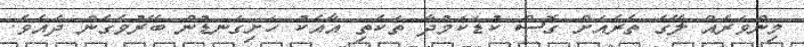
މިންވަރެއް ލޭގެ ތެރެއަށް ގޮސް ކުޑަކަމުދާ ތަކެތި އާއެކު ހަށިގަނޑުން ބޭރުވެގެން ދެއެވެ.